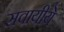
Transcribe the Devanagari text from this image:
सवायीये